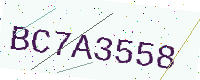
Text: BC7A3558